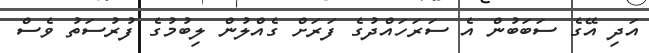
އަދި އޭގެ ސަބަބުން އެ ސަރަހައްދުގެ ފަރަށް ގެއްލުން ލިބުމުގެ ފުރުސަތު ވެސް